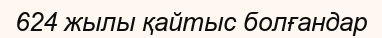
624 жылы қайтыс болғандар